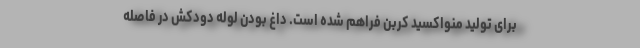
برای تولید منواکسید کربن فراهم شده است. داغ بودن لوله دودکش در فاصله